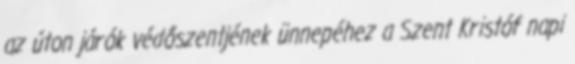
az úton járók védőszentjének ünnepéhez a Szent Kristóf napi